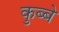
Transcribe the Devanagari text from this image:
कुब्बे